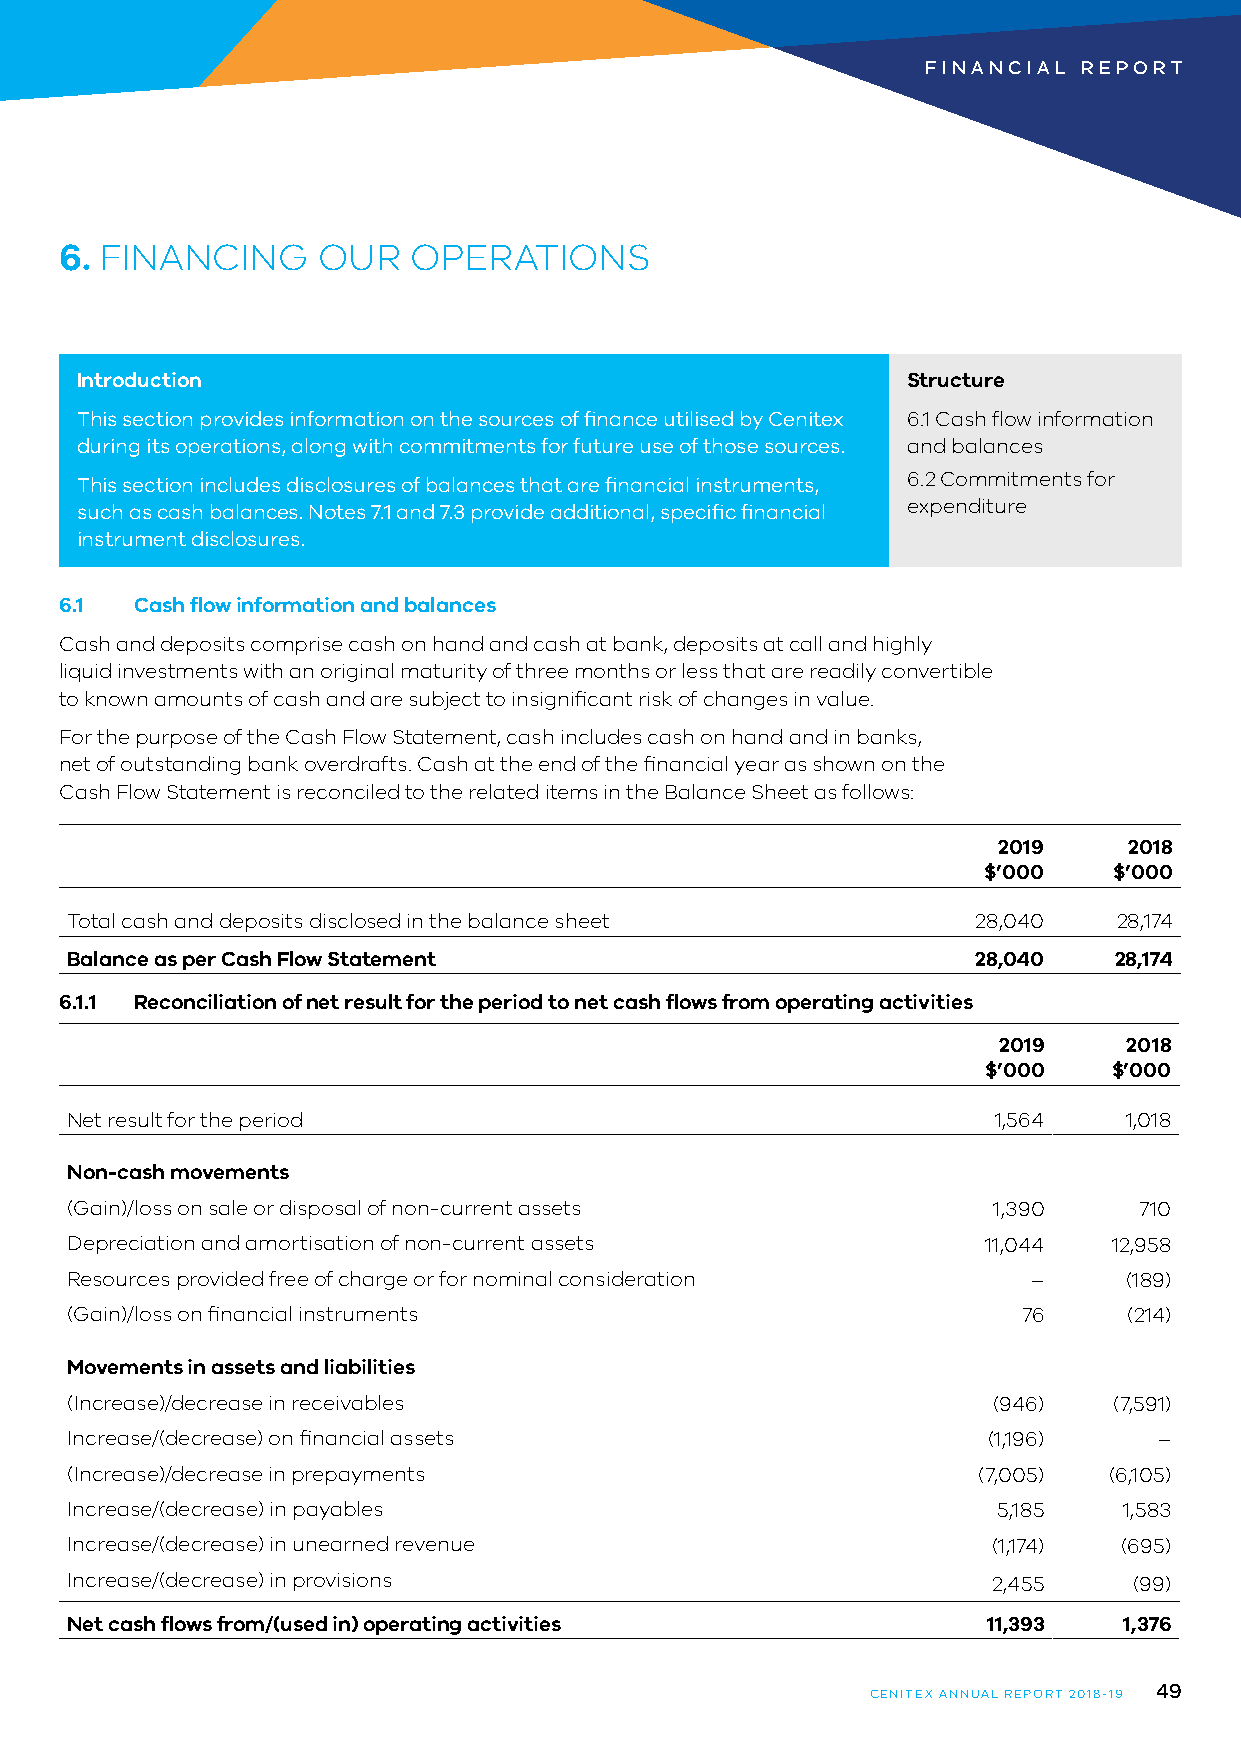
FINANCIAL  REPORT
 6. FINANCING     OUR   OPERATIONS
 Introduction                                           Structure
 This section provides information on the sources of finance utilised by Cenitex 6.1 Cash flow information
 during its operations, along with commitments for future use of those sources. and balances
 This section includes disclosures of balances that are financial instruments, 6.2 Commitments for
 such as cash balances. Notes 7.1 and 7.3 provide additional, specific financial expenditure
 instrument disclosures.
 6.1  Cash flow information and balances
 Cash and deposits comprise cash on hand and cash at bank, deposits at call and highly
 liquid investments with an original maturity of three months or less that are readily convertible
 to known amounts of cash and are subject to insignificant risk of changes in value.
 For the purpose of the Cash Flow Statement, cash includes cash on hand and in banks,
 net of outstanding bank overdrafts. Cash at the end of the financial year as shown on the
 Cash Flow Statement is reconciled to the related items in the Balance Sheet as follows:
 2019     2018
 $’000    $’000
 Total cash and deposits disclosed in the balance sheet       28,040   28,174
 Balance as per Cash Flow Statement                          28,040    28,174
 6.1.1 Reconciliation of net result for the period to net cash flows from operating activities
 2019     2018
 $’000    $’000
 Net result for the period                                     1,564    1,018
 Non-cash movements
 (Gain)/loss on sale or disposal of non-current assets         1,390    710
 Depreciation and amortisation of non-current assets          11,044   12,958
 Resources provided free of charge or for nominal consideration  –     (189)
 (Gain)/loss on financial instruments                            76     (214)
 Movements in assets and liabilities
 (Increase)/decrease in receivables                            (946)   (7,591)
 Increase/(decrease) on financial assets                      (1,196)     –
 (Increase)/decrease in prepayments                           (7,005) (6,105)
 Increase/(decrease) in payables                               5,185   1,583
 Increase/(decrease) in unearned revenue                       (1,174) (695)
 Increase/(decrease) in provisions                             2,455    (99)
 Net cash flows from/(used in) operating activities           11,393   1,376
 49
 CENITEX ANNUAL REPORT 2018-19